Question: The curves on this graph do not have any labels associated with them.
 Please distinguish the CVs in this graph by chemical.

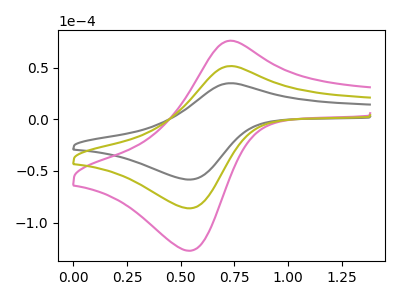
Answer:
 <answer>The gray curve does not have a label. The pink curve does not have a label. The olive curve does not have a label.</answer>
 <eval></eval>